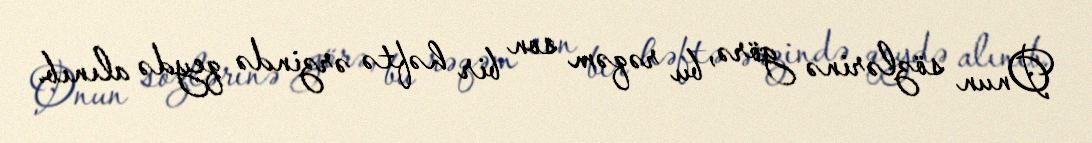
Onun sözlərinə görə, bu rəqəm son bir həftə ərzində qeydə alınıb.